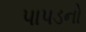
પાપડનો